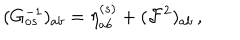
LaTeX: ( G _ { o s } ^ { - 1 } ) _ { a b } = \eta _ { a b } ^ { ( s ) } + ( { \cal F } ^ { 2 } ) _ { a b } \, ,